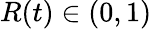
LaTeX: R(t)\in(0,1)